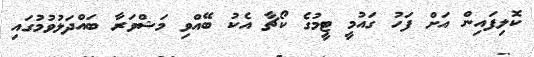
ކޮލިފައިން އަށް ފަހު ގައުމީ ޓީމުގެ ކޯޗާ އެކު ބޭއްވި މަޝްވަރާ ބައްދަލުވުމުގައި